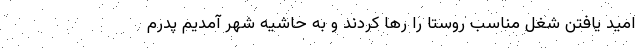
امید یافتن شغل مناسب روستا را رها کردند و به حاشیه شهر آمدیم پدرم